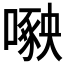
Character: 𱔷